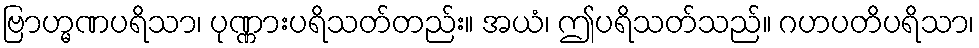
ဗြာဟ္မဏပရိသာ၊ ပုဏ္ဏားပရိသတ်တည်း။ အယံ၊ ဤပရိသတ်သည်။ ဂဟပတိပရိသာ၊